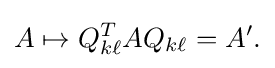
A\mapsto Q_{k\ell }^{T}AQ_{k\ell }=A'.\,\!